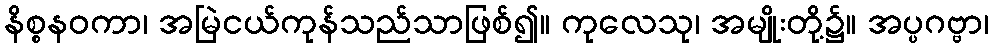
နိစ္စနဝကာ၊ အမြဲငယ်ကုန်သည်သာဖြစ်၍။ ကုလေသု၊ အမျိုးတို့၌။ အပ္ပဂဗ္ဗာ၊